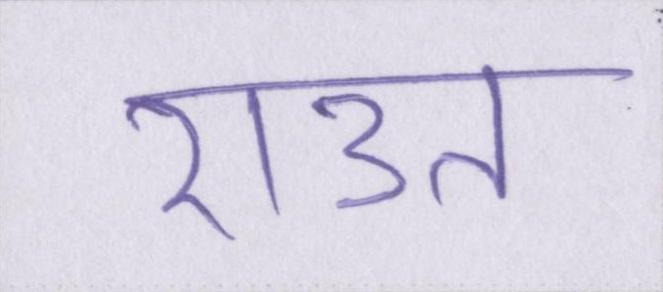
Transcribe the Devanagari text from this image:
राउत